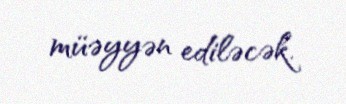
müəyyən ediləcək.